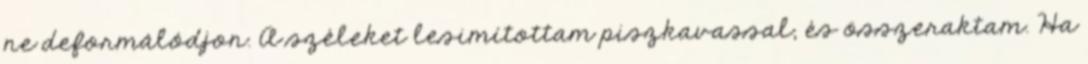
ne deformálódjon. A széleket lesimítottam piszkavassal, és összeraktam. Ha